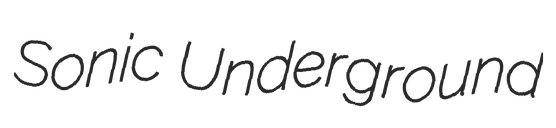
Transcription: Sonic Underground